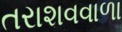
તરાશવવાળા